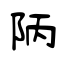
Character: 陃